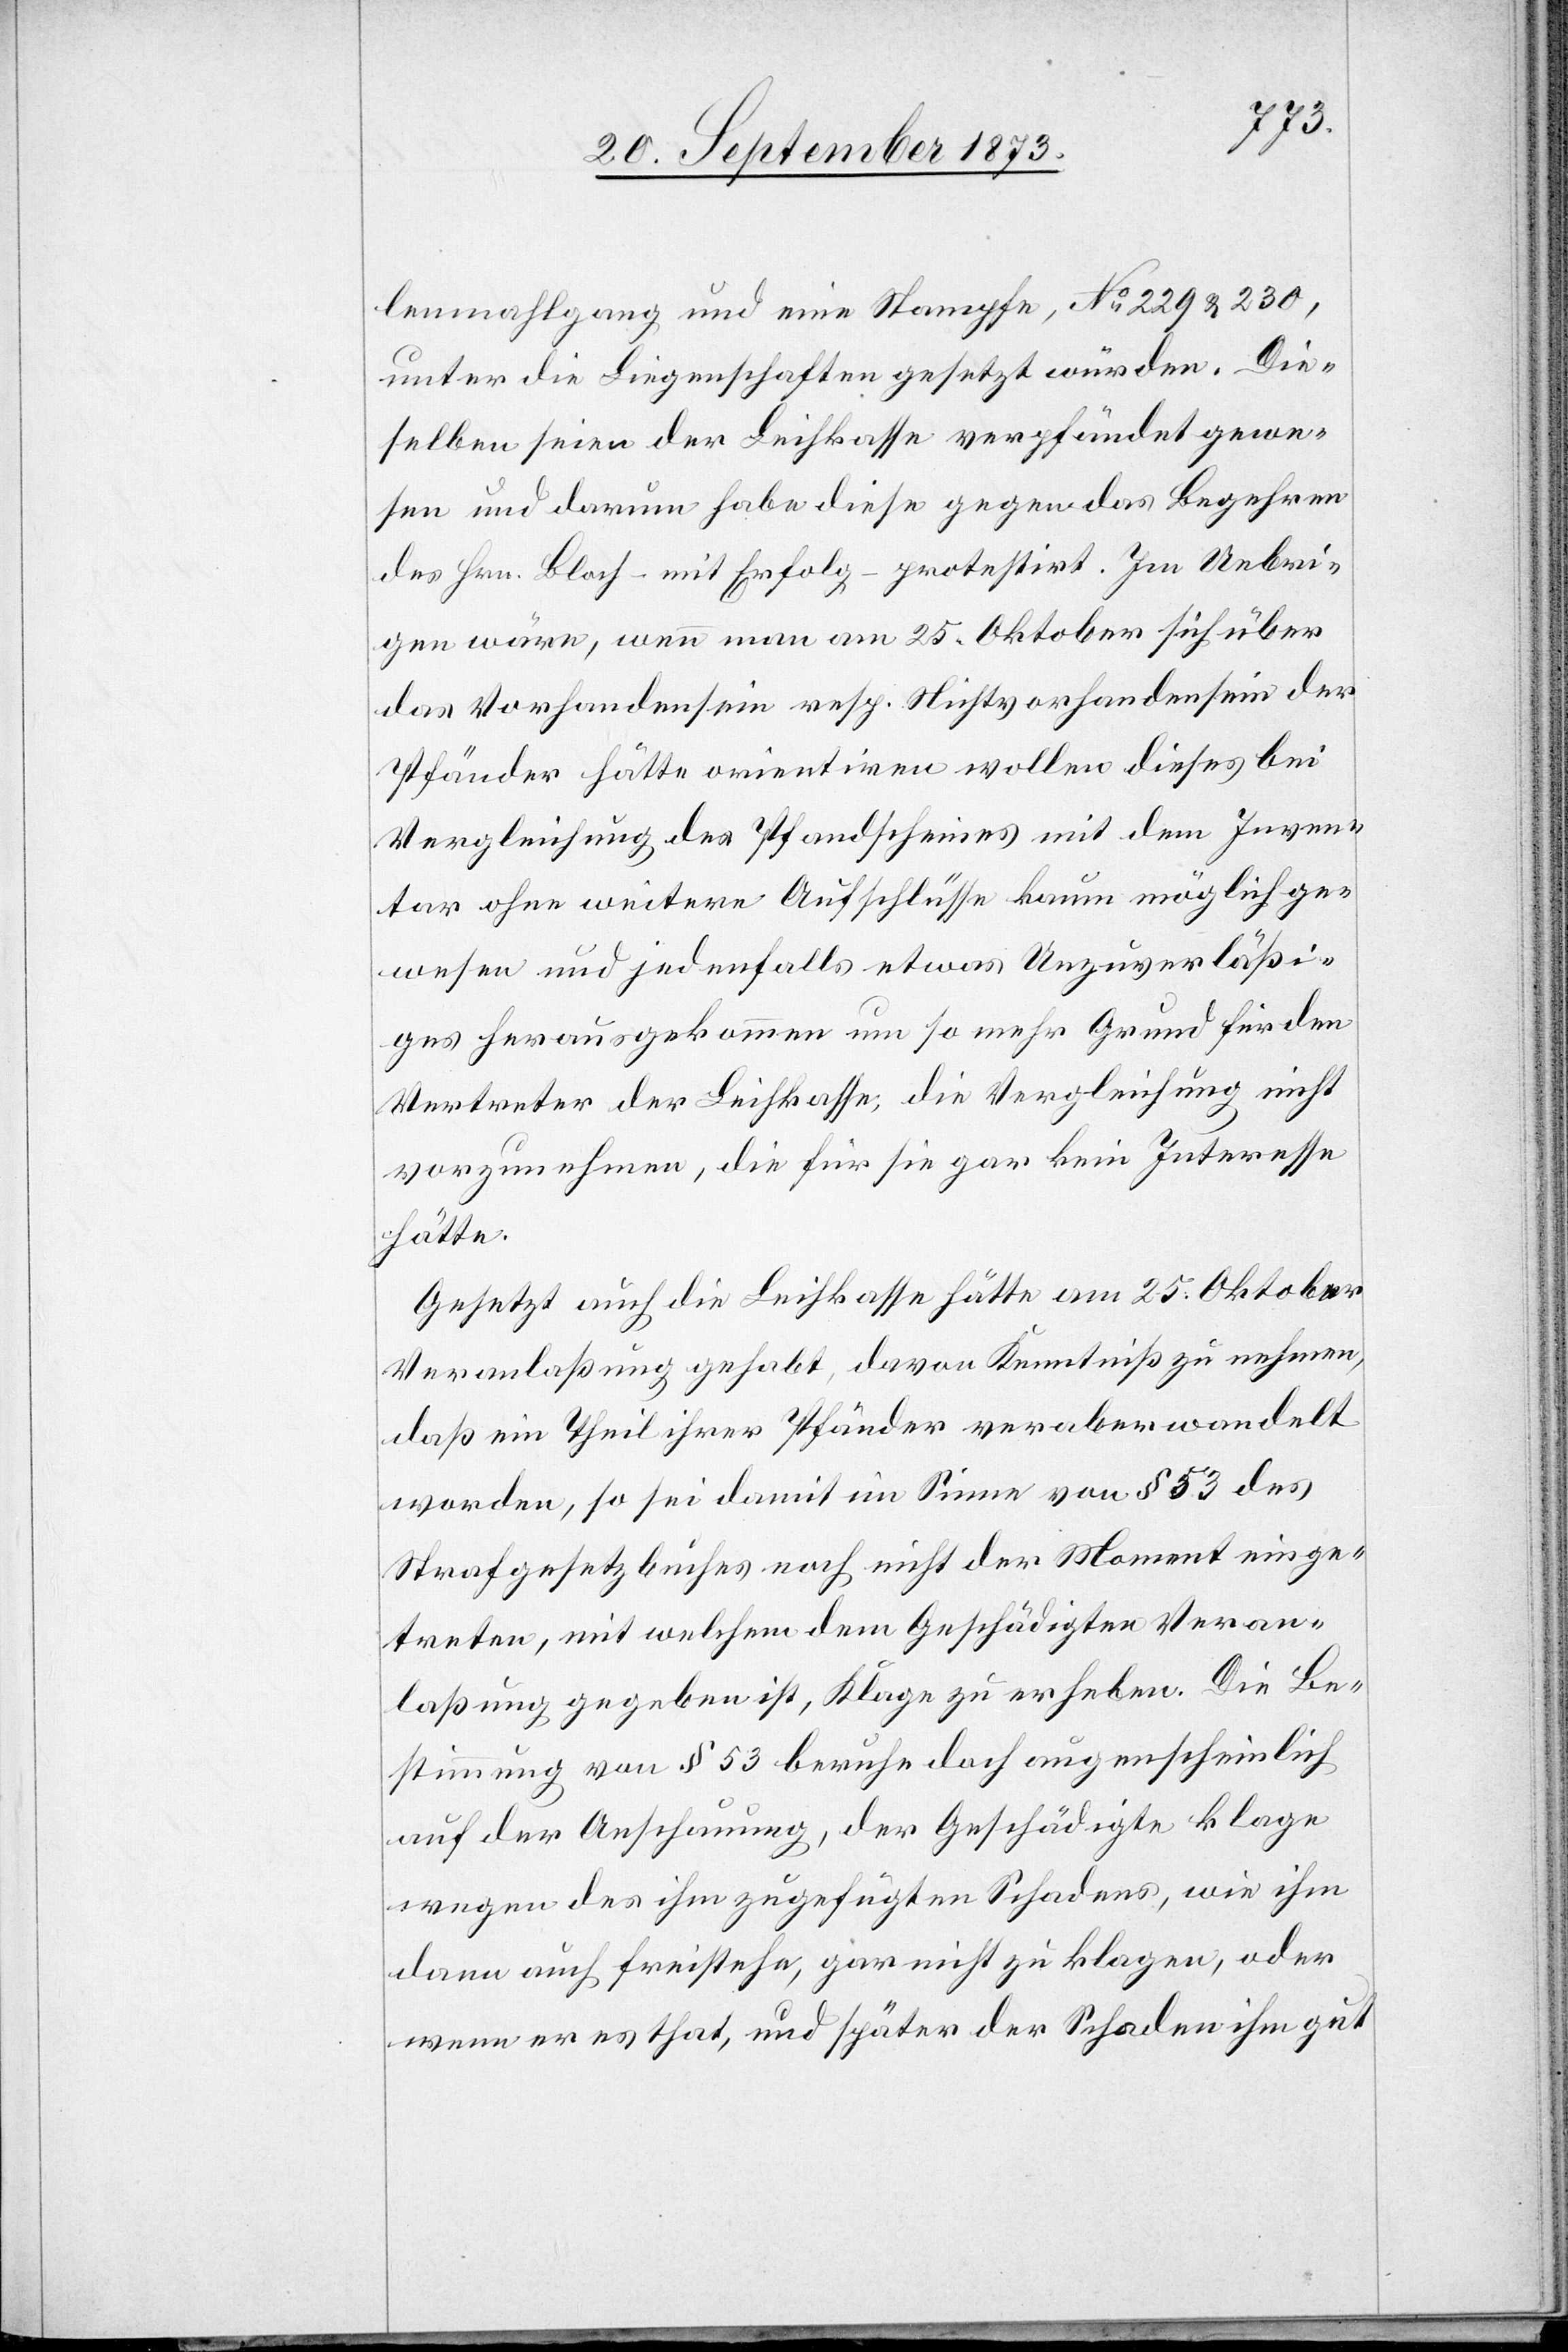
lenmahlgang und eine Stampfe, No 229 & 230,
unter die Liegenschaften gesetzt würden. Die¬
selben seien der Leihkasse verpfändet gewe¬
sen und darum habe diese gegen das Begehren
des Hrn. Bloch – mit Erfolg – protestirt. Im Uebri¬
gen wäre, wenn man am 25. Oktober sich über
das Vorhandensein resp. Nichtvorhandensein der
Pfänder hätte orientiren wollen dieses bei
Vergleichung des Pfandscheines mit dem Inven¬
tar ohne weitere Aufschlüsse kaum möglich ge¬
wesen und jedenfalls etwas Unzuverläßi¬
ges herausgekommen um so mehr Grund für den
Vertreter der Leihkasse, die Vergleichung nicht
vorzunehmen, die für sie gar kein Interesse
hätte.
Gesetzt auch die Leihkasse hätte am 25. Oktober
Veranlaßung gehabt, davon Kenntniß zu nehmen,
daß ein Theil ihrer Pfänder veraberwandelt
worden, so sei damit im Sinne von § 53 des
Strafgesetzbuches noch nicht der Moment einge¬
treten, mit welchem dem Geschädigten Veran¬
laßung gegeben ist, Klage zu erheben. Die Be¬
stimmung von § 53 beruhe doch augenscheinlich
auf der Anschauung, der Geschädigte klage
wegen des ihm zugefügten Schadens, wie ihm
dann auch freistehe, gar nicht zu klagen, oder
wenn er es that, und später der Schaden ihm gut